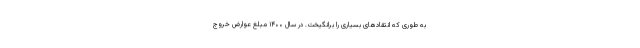
به طوری که انتقادهای بسیاری را برانگیخت. در سال ۱۴۰۰ مبلغ عوارض خروج